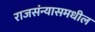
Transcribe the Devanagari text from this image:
राजसंन्यासमधील